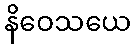
နိဝေသယေ